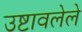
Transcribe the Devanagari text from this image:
उष्टावलेले